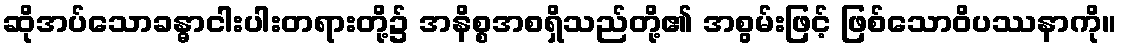
ဆိုအပ်သောခန္ဓာငါးပါးတရားတို့၌ အနိစ္စအစရှိသည်တို့၏ အစွမ်းဖြင့် ဖြစ်သောဝိပဿနာကို။